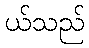
ယ်သည်